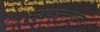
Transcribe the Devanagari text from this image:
मुक्कामस्थान